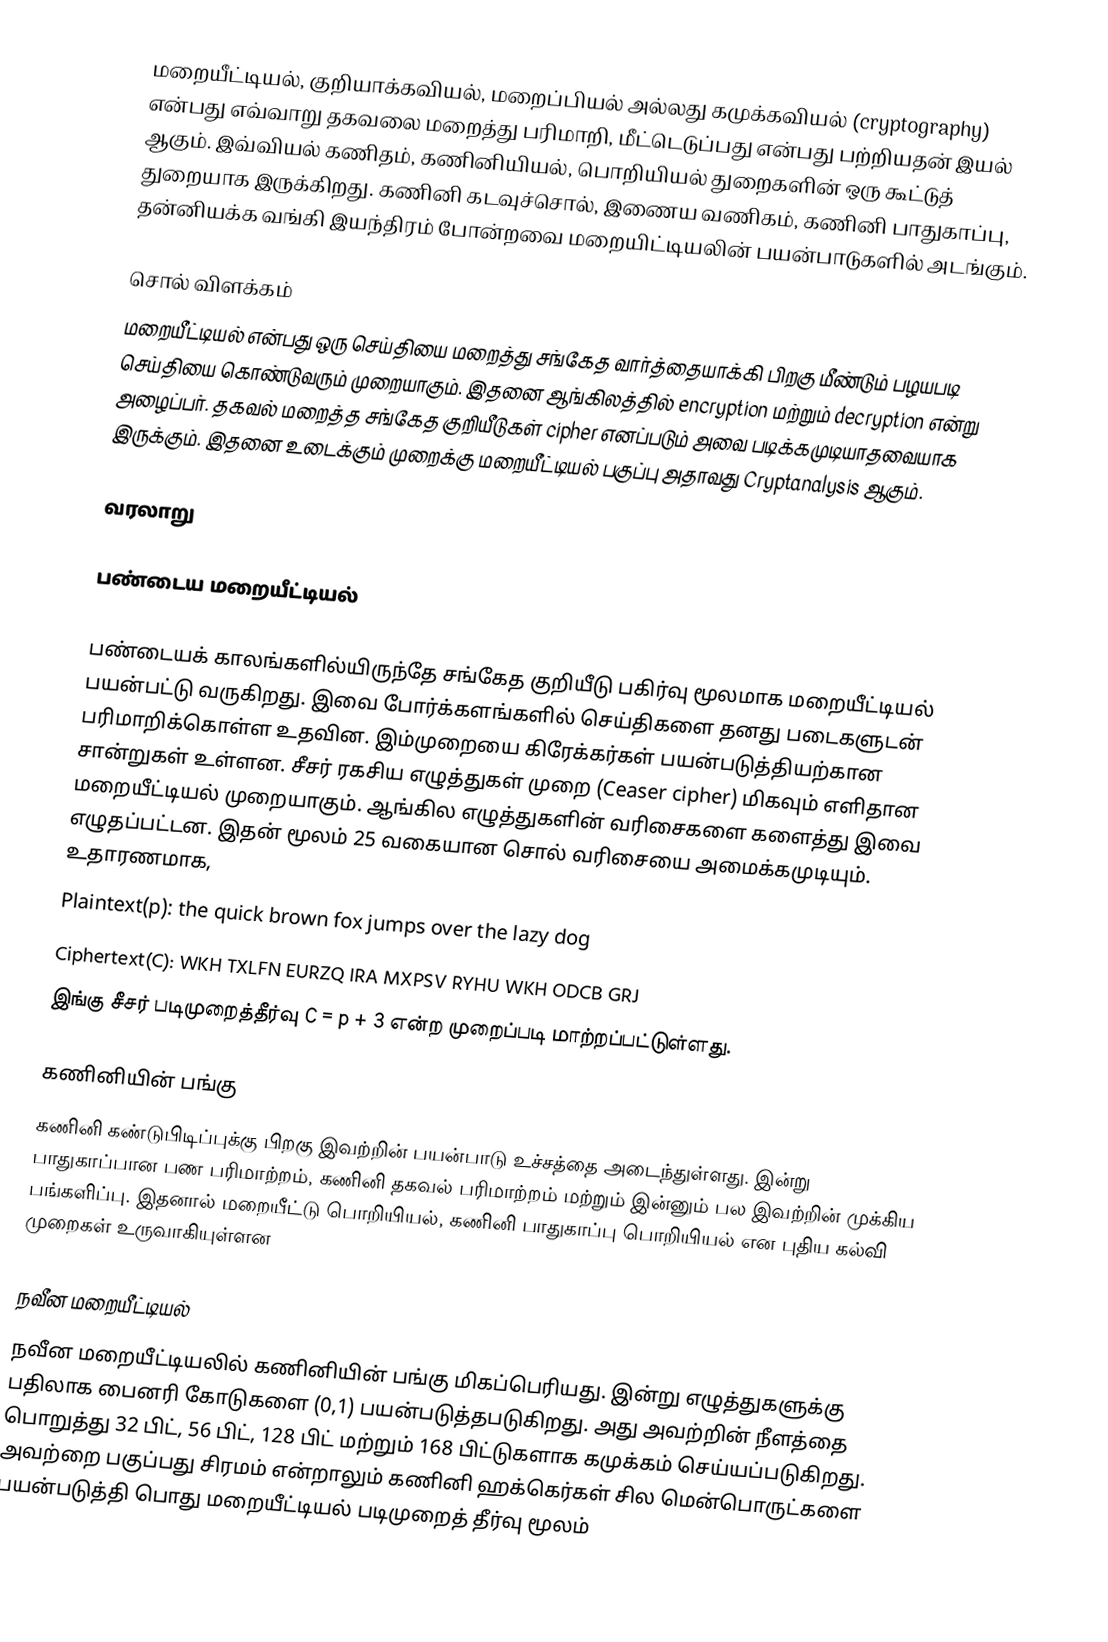
மறையீட்டியல், குறியாக்கவியல், மறைப்பியல் அல்லது கமுக்கவியல் (cryptography) என்பது எவ்வாறு தகவலை மறைத்து பரிமாறி, மீட்டெடுப்பது என்பது பற்றியதன் இயல் ஆகும். இவ்வியல் கணிதம், கணினியியல், பொறியியல் துறைகளின் ஒரு கூட்டுத் துறையாக இருக்கிறது. கணினி கடவுச்சொல், இணைய வணிகம், கணினி பாதுகாப்பு, தன்னியக்க வங்கி இயந்திரம் போன்றவை மறையிட்டியலின் பயன்பாடுகளில் அடங்கும்.

சொல் விளக்கம்
மறையீட்டியல் என்பது ஒரு செய்தியை மறைத்து சங்கேத வார்த்தையாக்கி பிறகு மீண்டும் பழயபடி செய்தியை கொண்டுவரும் முறையாகும். இதனை ஆங்கிலத்தில் encryption மற்றும் decryption என்று அழைப்பர். தகவல் மறைத்த சங்கேத குறியீடுகள் cipher எனப்படும் அவை படிக்கமுடியாதவையாக இருக்கும். இதனை உடைக்கும் முறைக்கு மறையீட்டியல் பகுப்பு அதாவது Cryptanalysis ஆகும்.

வரலாறு

பண்டைய மறையீட்டியல்

பண்டையக் காலங்களில்யிருந்தே சங்கேத குறியீடு பகிர்வு மூலமாக மறையீட்டியல் பயன்பட்டு வருகிறது. இவை போர்க்களங்களில் செய்திகளை தனது படைகளுடன் பரிமாறிக்கொள்ள உதவின. இம்முறையை கிரேக்கர்கள் பயன்படுத்தியற்கான சான்றுகள் உள்ளன. சீசர் ரகசிய எழுத்துகள் முறை (Ceaser cipher) மிகவும் எளிதான மறையீட்டியல் முறையாகும். ஆங்கில எழுத்துகளின் வரிசைகளை களைத்து இவை எழுதப்பட்டன. இதன் மூலம் 25 வகையான சொல் வரிசையை அமைக்கமுடியும். உதாரணமாக,
Plaintext(p):  the quick brown fox jumps over the lazy dog
Ciphertext(C): WKH TXLFN EURZQ IRA MXPSV RYHU WKH ODCB GRJ
இங்கு சீசர் படிமுறைத்தீர்வு C = p + 3 என்ற முறைப்படி மாற்றப்பட்டுள்ளது.

கணினியின் பங்கு
கணினி கண்டுபிடிப்புக்கு பிறகு இவற்றின் பயன்பாடு உச்சத்தை அடைந்துள்ளது. இன்று பாதுகாப்பான பண பரிமாற்றம், கணினி தகவல் பரிமாற்றம் மற்றும் இன்னும் பல இவற்றின் முக்கிய பங்களிப்பு. இதனால் மறையீட்டு பொறியியல், கணினி பாதுகாப்பு பொறியியல் என புதிய கல்வி முறைகள் உருவாகியுள்ளன

நவீன மறையீட்டியல்
நவீன மறையீட்டியலில் கணினியின் பங்கு மிகப்பெரியது. இன்று எழுத்துகளுக்கு பதிலாக பைனரி கோடுகளை (0,1) பயன்படுத்தபடுகிறது. அது அவற்றின் நீளத்தை பொறுத்து 32 பிட், 56 பிட், 128 பிட் மற்றும் 168 பிட்டுகளாக கமுக்கம் செய்யப்படுகிறது. அவற்றை பகுப்பது சிரமம் என்றாலும் கணினி ஹக்கெர்கள் சில மென்பொருட்களை பயன்படுத்தி பொது மறையீட்டியல் படிமுறைத் தீர்வு மூலம்